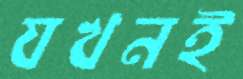
যখনই